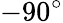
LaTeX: -90^{\circ}